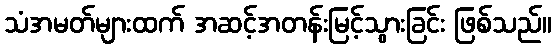
သံအမတ်များထက် အဆင့်အတန်းမြင့်သွားခြင်း ဖြစ်သည်။